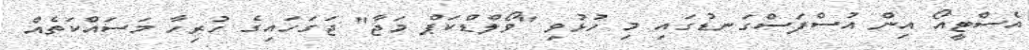
އެސްޓީއޯ އިން އުސްފަސްގަނޑުގައި މި ހުޅުވި "ވޯލްޑްކަޕް މަޖާ" ޖަގަހައިގެ ހުރިހާ މަސައްކަތެއް